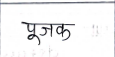
मजकूर: पूजक